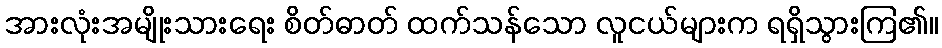
အားလုံးအမျိုးသားရေး စိတ်ဓာတ် ထက်သန်သော လူငယ်များက ရရှိသွားကြ၏။